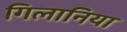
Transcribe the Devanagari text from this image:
गिलानिया